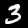
Digit: 3